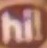
hi!